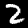
Label: 2